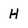
Character: H